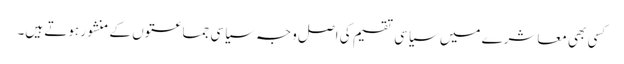
کسی بھی معاشرے میں سیاسی تقسیم کی اصل وجہ سیاسی جماعتوں کے منشور ہوتے ہیں۔